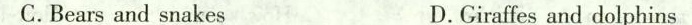
C.Bears and snakes D.Giraffes and dolphins